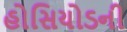
હોસિયોડની